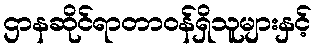
ဌာနဆိုင်ရာတာဝန်ရှိသူများနှင့်